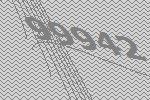
99942